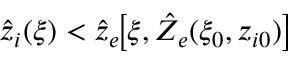
\hat { z } _ { i } ( \xi ) < \hat { z } _ { e } \! \big [ \xi , \hat { Z } _ { e } ( \xi _ { 0 } , z _ { i 0 } ) \big ]